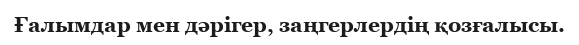
Ғалымдар мен дәрігер, заңгерлердің қозғалысы.